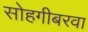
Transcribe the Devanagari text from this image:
सोहगीबरवा